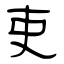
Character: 吏